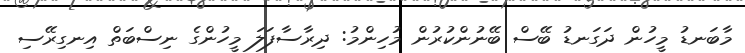
މާބަނޑު މީހުން ދަގަނޑު ބޭސް ބޭނުންކުރުން މުހިންމު: ދިރާސާފަލަ މީހުންގެ ނިސްބަތް އިނގިރޭސި